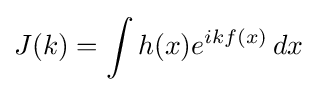
J(k)=\int h(x)e^{ikf(x)}\,dx